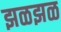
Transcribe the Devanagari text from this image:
झळझळ